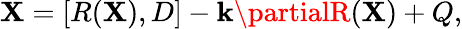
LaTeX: \mathbf{X}=[R(\mathbf{X}),D]-\mathbf{k}\partialR(\mathbf{X})+Q,